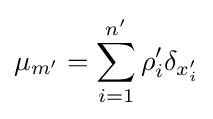
\mu _{m^{\prime }}=\sum _{i=1}^{n^{\prime }}\rho _{i}^{\prime }\delta _{x_{i}^{\prime }}